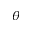
\boldsymbol { \theta }